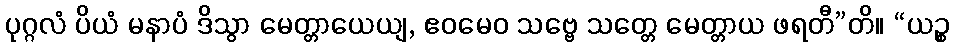
ပုဂ္ဂလံ ပိယံ မနာပံ ဒိသွာ မေတ္တာယေယျ, ဧဝမေဝ သဗ္ဗေ သတ္တေ မေတ္တာယ ဖရတီ”တိ။ “ယဉ္စ